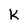
Character: k